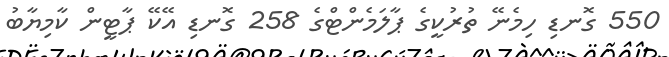
550 ގޮނޑި ހިމެނޭ ތުރުކީގެ ޕާލަމެންޓްގެ 258 ގޮނޑި އޭކޭ ޕާޓީން ކާމިޔާބު